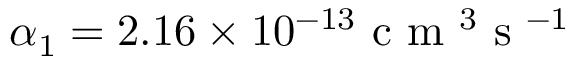
\alpha _ { 1 } = 2 . 1 6 \times 1 0 ^ { - 1 3 } \mathrm { ~ c ~ m ~ } ^ { 3 } \mathrm { ~ s ~ } ^ { - 1 }